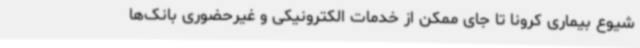
شیوع بیماری کرونا تا جای ممکن از خدمات الکترونیکی و غیرحضوری بانک‌ها